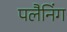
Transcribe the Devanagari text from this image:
पलैनिंग